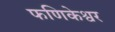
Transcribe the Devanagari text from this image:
फणिकेश्वर